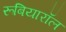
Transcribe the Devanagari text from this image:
रूबियारॉल